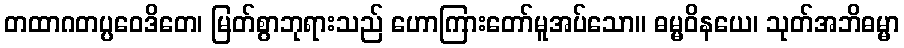
တထာဂတပ္ပဝေဒိတေ၊ မြတ်စွာဘုရားသည် ဟောကြားတော်မူအပ်သော။ ဓမ္မဝိနယေ၊ သုတ်အဘိဓမ္မာ